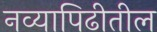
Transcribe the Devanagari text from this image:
नव्यापिढीतील